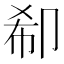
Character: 𠨚